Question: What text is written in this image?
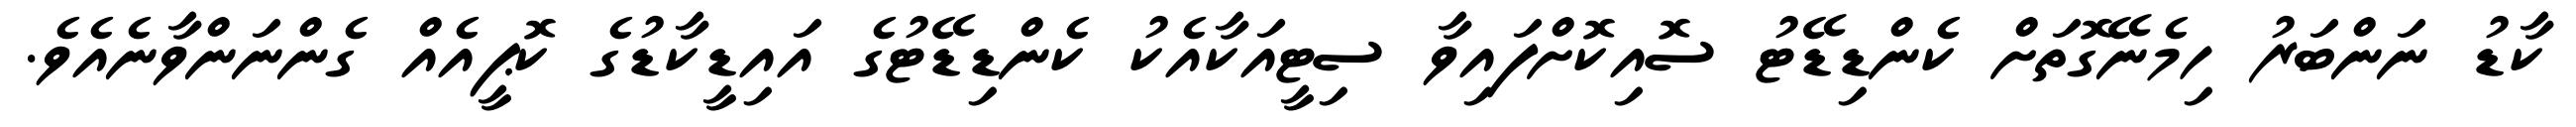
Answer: ކާޑު ނަންބަރު ހިމެނޭގޮތަށް ކެންޑިޑޭޓު ސޮއިކޮށްފައިވާ ސިޓީއަކާއެކު ކެންޑިޑޭޓުގެ އައިޑީކާޑުގެ ކޮޕީއެއް ގެންނަންވާނެއެވެ.